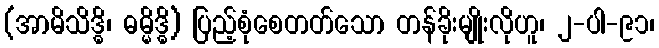
(အာမိသိဒ္ဓိ၊ ဓမ္မိဒ္ဓိ) ပြည့်စုံစေတတ်သော တန်ခိုးမျိုးလိုဟူ၊ ၂-ပါ-၉၁၊